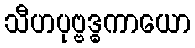
သီဟပုဗ္ဗဒ္ဓကာယော